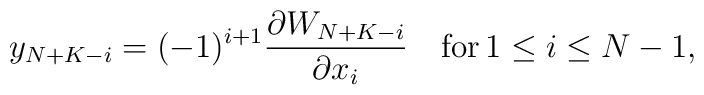
y_{N+K-i}=(-1)^{i+1} \frac{\partial W_{N+K-i}}{\partial x_i }\quad{\rm for}\, 1 \leq i \leq N-1,